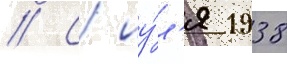
// С иу́л'я 1938